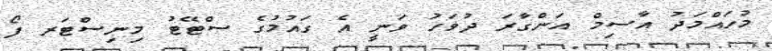
މުހައްމަދު އާސިމް އަންގާރަ ދުވަހު ވަނީ އެ ގައުމުގެ ސްޓޭޓު މިނިސްޓަރ ފޯ